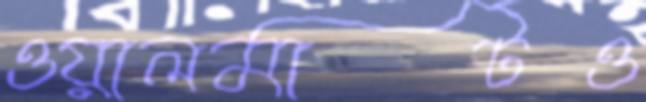
ওয়ালমার্টও